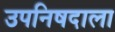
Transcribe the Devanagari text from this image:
उपनिषदाला